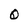
Character: Q